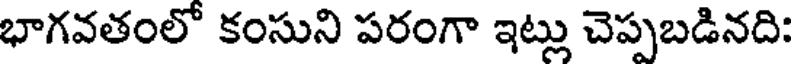
భాగవతంలో కంసుని పరంగా ఇట్లు చెప్పబడినది